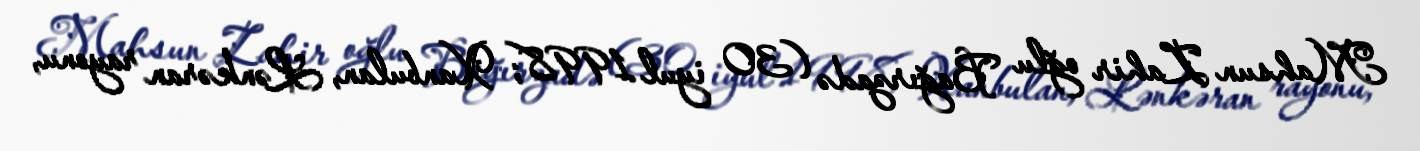
Mahsun Zahir oğlu Bağırzadə (30 iyul 1998; Xanbulan, Lənkəran rayonu,